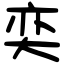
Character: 奕